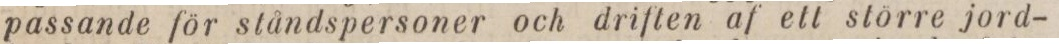
passande för ståndspersoner och driften af ett större jord-